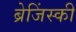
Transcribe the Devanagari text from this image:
ब्रेजिंस्की